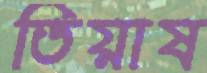
তিয়াষ